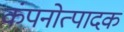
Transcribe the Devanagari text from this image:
कंपनोत्पादक